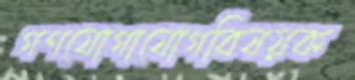
গণযোগাযোগবিষয়ক